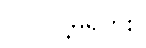
လုပ်လို့မရဘူး။